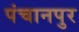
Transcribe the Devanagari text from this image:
पंचानपुर